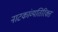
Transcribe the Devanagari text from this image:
नाटकांव्यतिरिक्त